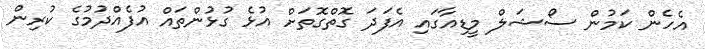
އެހެން ކަމުން ސޯޝަލް މީޑިއާގައި އެފަދަ ގޮތްގޮތަށް އުޅެ ގުޅުންތައް އުފެއްދުމުގެ ކުރިން